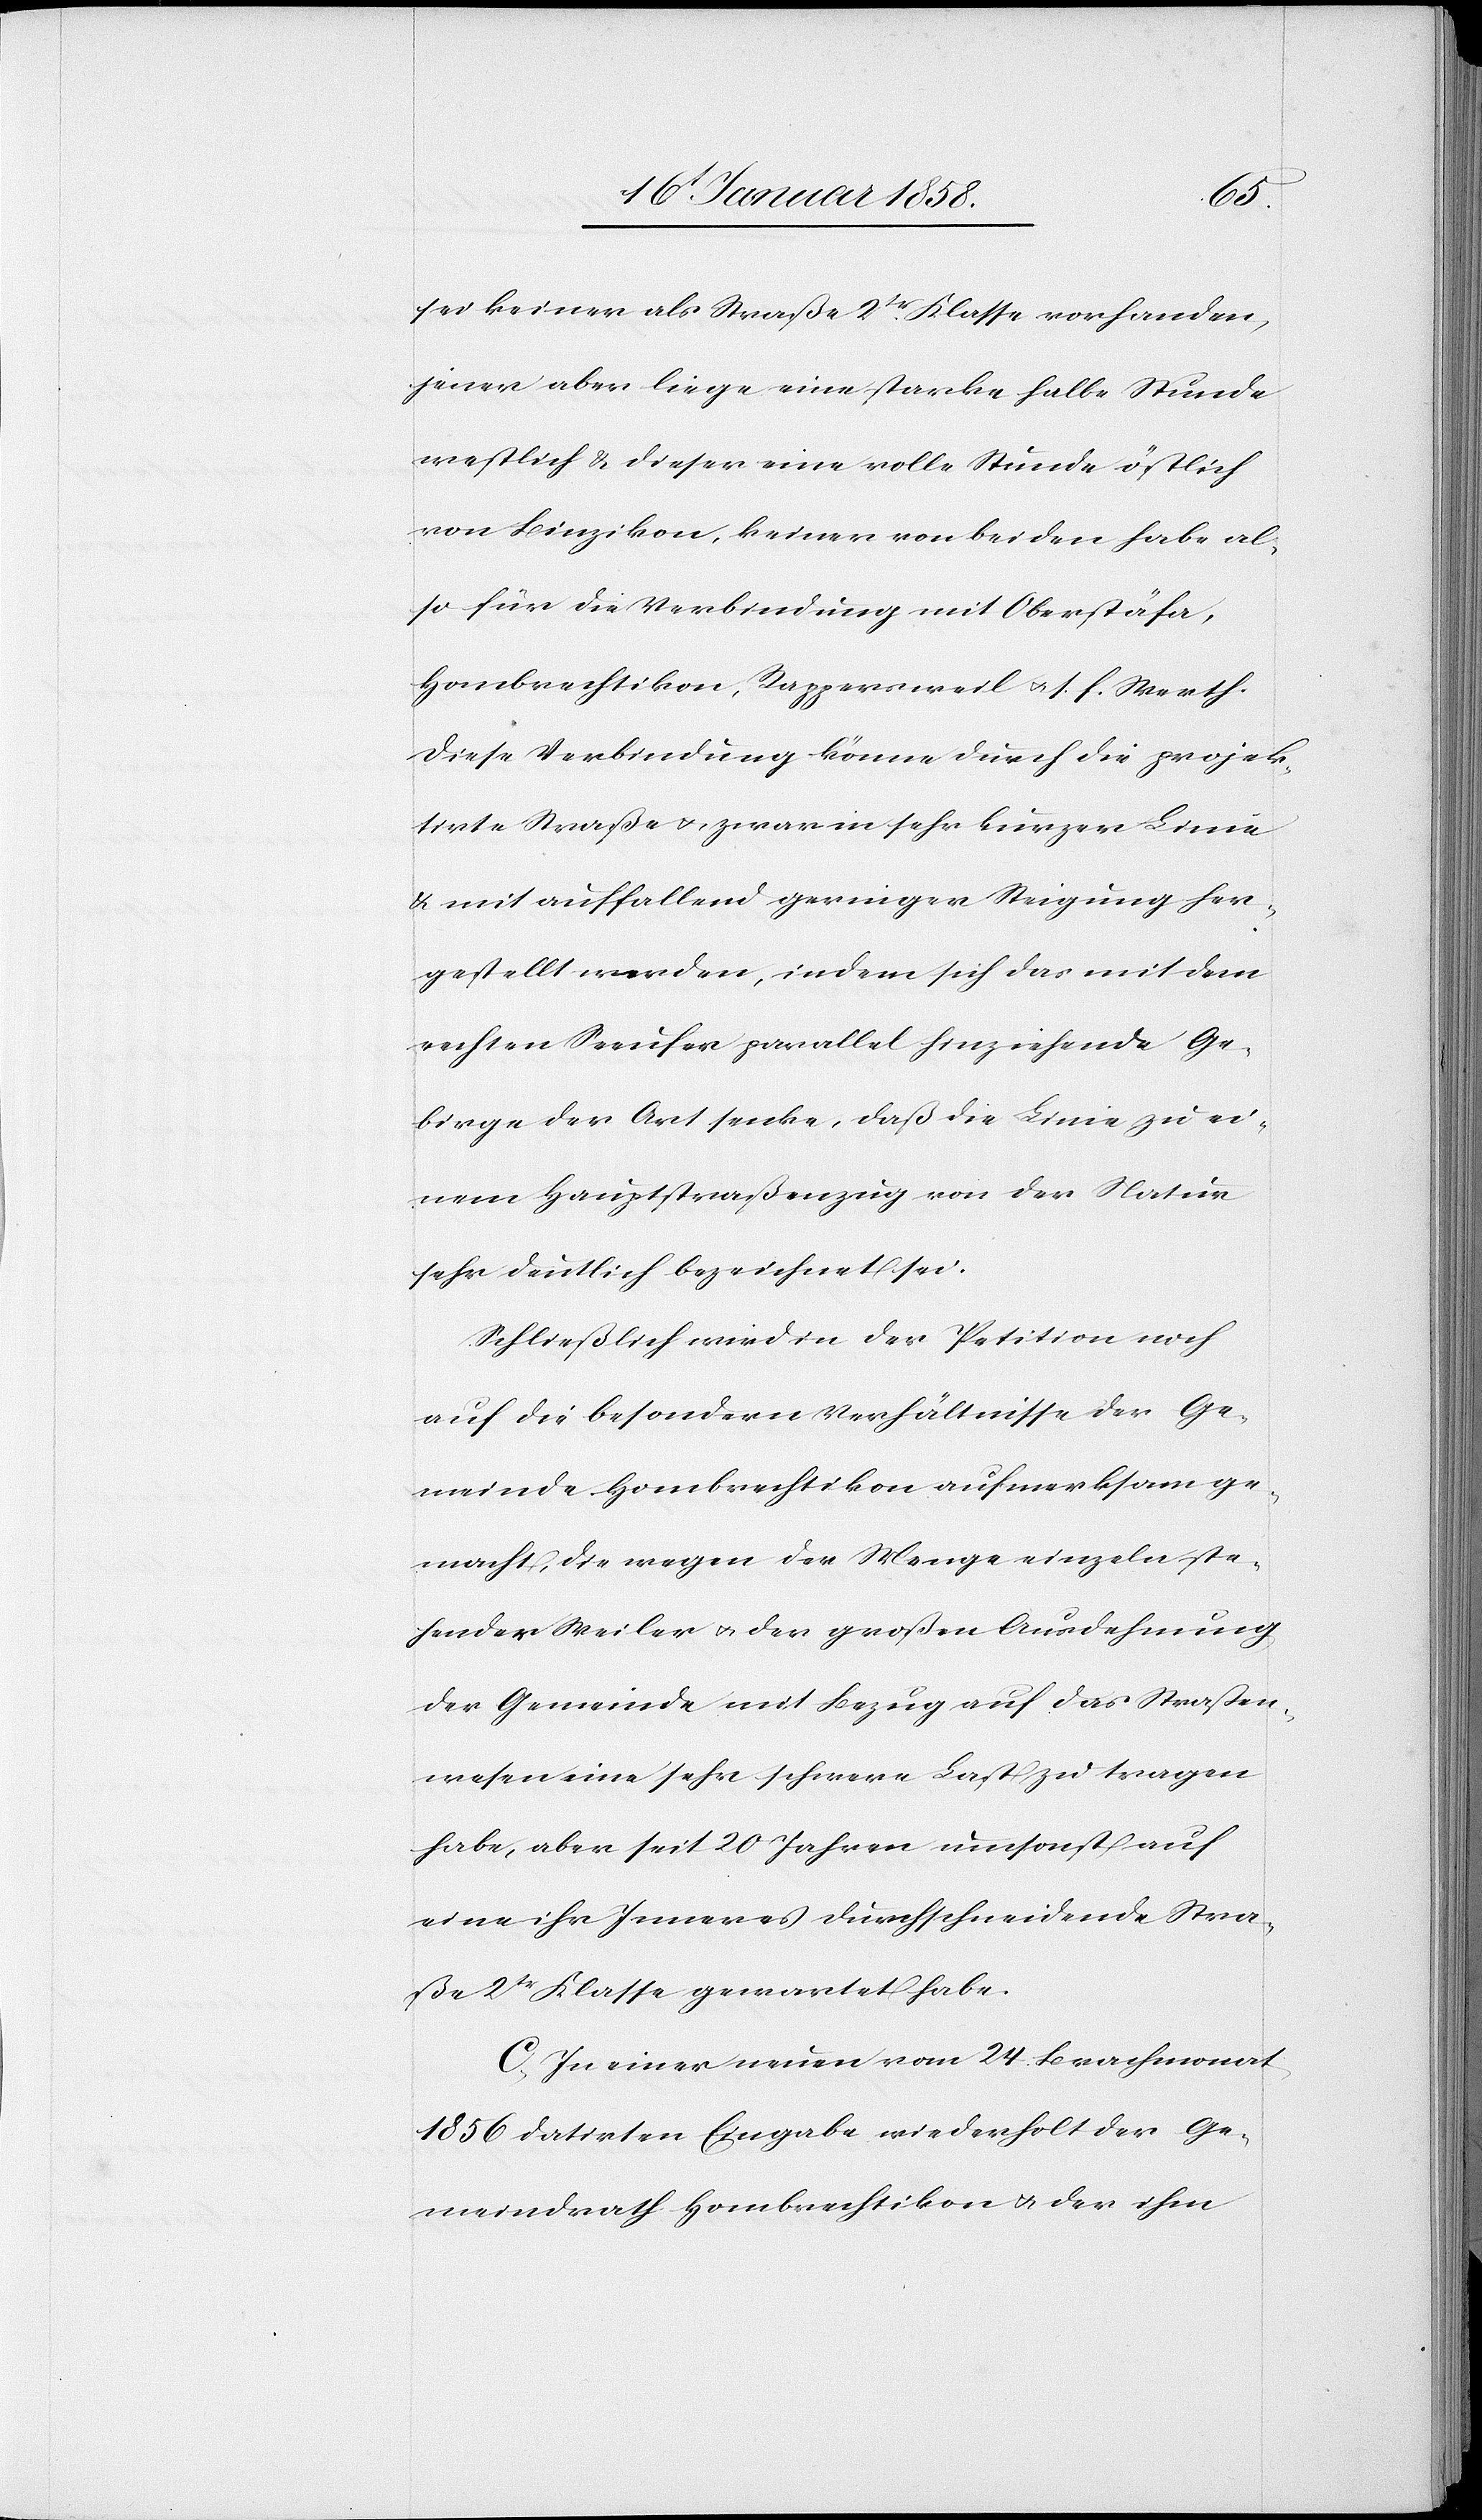
sei keiner als Straße 2tr. Klasse vorhanden,
jener aber liege eine starke halbe Stunde
westlich & dieser eine volle Stunde östlich
von Binzikon, keiner von beiden habe al¬
so für die Verbindung mit Oberstäfa,
Hombrechtikon, Rappersweil u. s. f. Werth.
Diese Verbindung könne durch die projek¬
tirte Straße u. zwar in sehr kurzer Linie
& mit auffallend geringer Steigung her¬
gestellt werden, indem sich das mit dem
rechten Seeufer parallel hinziehende Ge¬
birge der Art senke, daß die Linie zu ei¬
nem Hauptstraßenzug von der Natur
sehr deutlich bezeichnet sei.
Schließlich wird in der Petition noch
auf die besondern Verhältnisse der Ge¬
meinde Hombrechtikon aufmerksam ge¬
macht, die wegen der Menge einzeln ste¬
hender Weiler u. der großen Ausdehnung
der Gemeinde mit Bezug auf das Straßen¬
wesen eine sehr schwere Last zu tragen
habe, aber seit 20 Jahren umsonst auf
eine ihr Inneres durchschneidende Stra¬
ße 2tr Klasse gewartet habe.
C. In einer neuen vom 24. Brachmonat
1856 datirten Eingabe wiederholt der Ge¬
meindrath Hombrechtikon u. der ihm